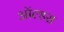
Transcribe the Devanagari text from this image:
ऑल्डस